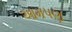
આમપણ